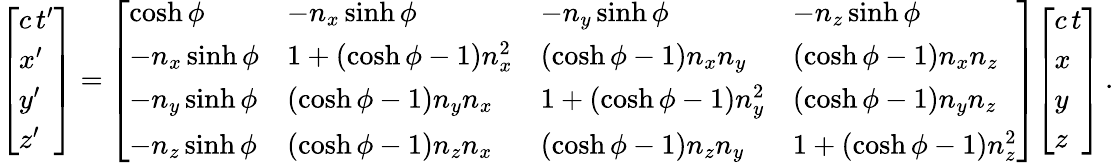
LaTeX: {\left[\begin{array}{l}{c\, t^{\prime}}\\ {x^{\prime}}\\ {y^{\prime}}\\ {z^{\prime}}\end{array}\right]}={\left[\begin{array}{llll}{\cosh\phi}&{-n_{x}\sinh\phi}&{-n_{y}\sinh\phi}&{-n_{z}\sinh\phi}\\ {-n_{x}\sinh\phi}&{1+(\cosh\phi-1)n_{x}^{2}}&{(\cosh\phi-1)n_{x}n_{y}}&{(\cosh\phi-1)n_{x}n_{z}}\\ {-n_{y}\sinh\phi}&{(\cosh\phi-1)n_{y}n_{x}}&{1+(\cosh\phi-1)n_{y}^{2}}&{(\cosh\phi-1)n_{y}n_{z}}\\ {-n_{z}\sinh\phi}&{(\cosh\phi-1)n_{z}n_{x}}&{(\cosh\phi-1)n_{z}n_{y}}&{1+(\cosh\phi-1)n_{z}^{2}}\end{array}\right]}{\left[\begin{array}{l}{c\, t}\\ {x}\\ {y}\\ {z}\end{array}\right]}\, .